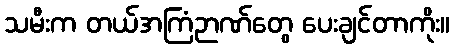
သမီးက တယ်အကြံဉာဏ်တွေ ပေးချင်တာကိုး။